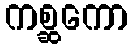
ကစ္ဆကော